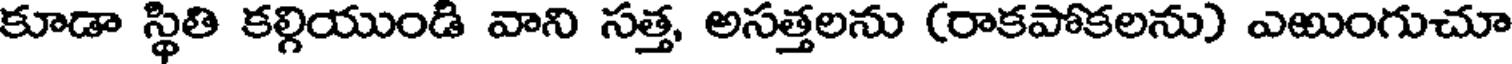
కూడా స్థితి కల్గియుండి వాని సత్త, అసత్తలను (రాకపోకలను) ఎఱుంగుచూ